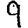
Digit: 9